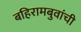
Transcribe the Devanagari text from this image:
बहिरामबुवांची